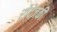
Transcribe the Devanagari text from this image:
रोदेज़की